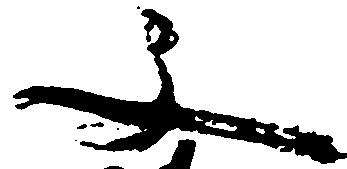
文